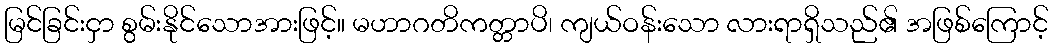
မြင်ခြင်းငှာ စွမ်းနိုင်သောအားဖြင့်။ မဟာဂတိကတ္တာပိ၊ ကျယ်ဝန်းသော လားရာရှိသည်၏ အဖြစ်ကြောင့်